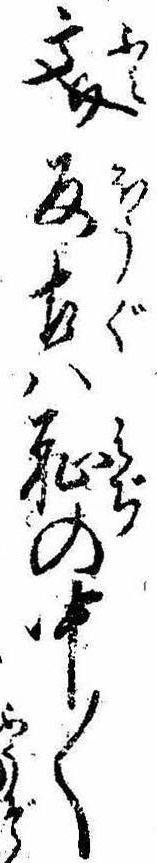
文反古は恥の中〱